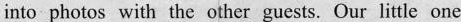
into photos with the other guests.Our little one